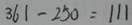
3 6 1 - 2 5 0 = 1 1 1